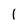
Character: 1